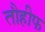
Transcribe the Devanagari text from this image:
तौहीफ